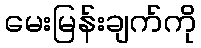
မေးမြန်းချက်ကို